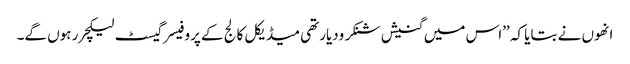
انھوں نے بتایا کہ ’’اس میں گنیش شنکر ودیارتھی میڈیکل کالج کے پروفیسر گیسٹ لیکچرر ہوں گے۔